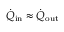
\dot { Q } _ { \mathrm { i n } } \approx \dot { Q } _ { \mathrm { o u t } }